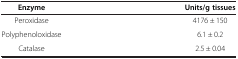
<table><thead><tr><td><b>Enzyme</b></td><td><b>Units/g tissues</b></td></tr></thead><tbody><tr><td>Peroxidase</td><td>4176 ± 150</td></tr><tr><td>Polyphenoloxidase</td><td>6.1 ± 0.2</td></tr><tr><td>Catalase</td><td>2.5 ± 0.04</td></tr></tbody></table>